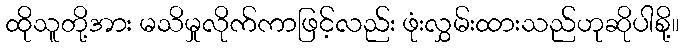
ထိုသူတို့အား မသိမှုလိုက်ကာဖြင့်လည်း ဖုံးလွှမ်းထားသည်ဟုဆိုပါစို့။